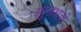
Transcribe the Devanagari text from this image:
रघुनाथाची